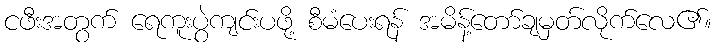
ငဖီးအတွက် ရေကူးပွဲကျင်းပဖို့ စီမံပေးရန် အမိန့်တော်ချမှတ်လိုက်လေ၏။